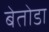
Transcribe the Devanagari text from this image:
बेतोडा